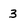
Character: 3